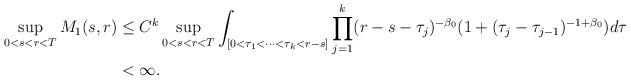
LaTeX: \begin{align*}\sup_{0<s<r<T}M_1(s,r)&\le C^k \sup_{0<s<r<T}\int_{[0<\tau_1<\dots<\tau_k<r-s]} \prod_{j=1}^k (r-s-\tau_j)^{-\beta_0} (1+(\tau_j-\tau_{j-1})^{-1+\beta_0}) d\tau\\&<\infty.\end{align*}